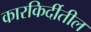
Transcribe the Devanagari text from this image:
कारकिर्दीतील